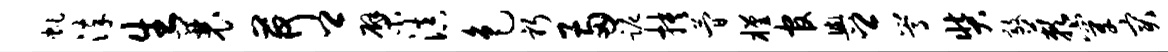
虬淬生曩荷卿檗滇色躬两跪抉简槿官舆卿嵩奘敲蔌穿突